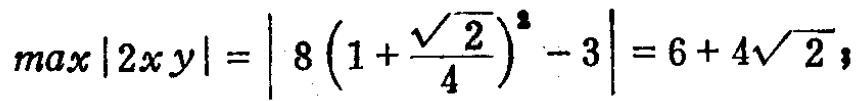
\(max|2xy|=\left|8\left(1 + \frac{\sqrt{2}}{4}\right)^2 - 3\right|=6 + 4\sqrt{2}\)